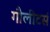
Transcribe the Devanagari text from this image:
गौलीटर्स